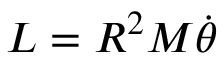
L = R ^ { 2 } M { \dot { \theta } }